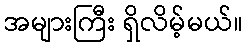
အများကြီး ရှိလိမ့်မယ်။